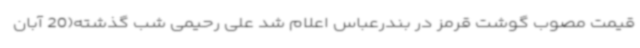
قیمت مصوب گوشت قرمز در بندرعباس اعلام شد علی رحیمی شب گذشته(20 آبان